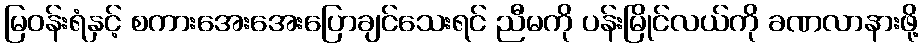
မြဝန်းရံနှင့် စကားအေးအေးပြောချင်သေးရင် ညီမကို ပန်းမြိုင်လယ်ကို ခဏလာနားဖို့